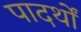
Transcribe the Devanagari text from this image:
पादर्थों